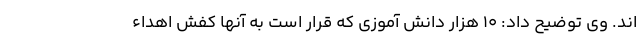
اند. وی توضیح داد: ۱۰ هزار دانش آموزی که قرار است به آنها کفش اهداء